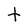
Character: t